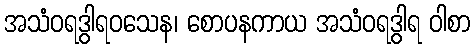
အသံဝရဒွါရဝသေန၊ စောပနကာယ အသံဝရဒွါရ ဝါစာ